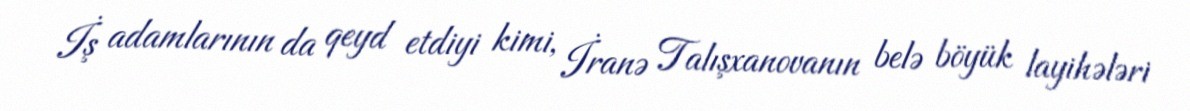
İş adamlarının da qeyd etdiyi kimi, İranə Talışxanovanın belə böyük layihələri